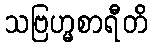
သဗြဟ္မစာရီတိ